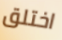
اختلق